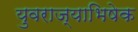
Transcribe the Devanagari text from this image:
युवराज्याभिषेक